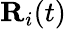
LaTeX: {\mathbf R}_{i}(t)